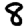
Digit: 8